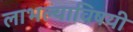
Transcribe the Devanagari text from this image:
लाभल्याविषयी